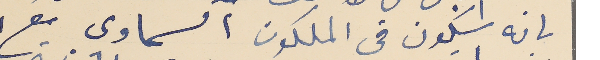
بانه سيكيون في الملكوت السماوى مع